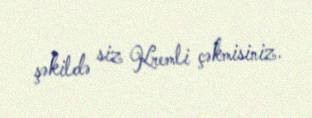
şəkildə siz Kremli çəkmisiniz.